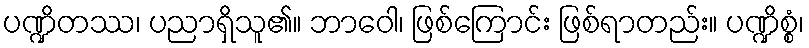
ပဏ္ဍိတဿ၊ ပညာရှိသူ၏။ ဘာဝေါ၊ ဖြစ်ကြောင်း ဖြစ်ရာတည်း။ ပဏ္ဍိစ္စံ၊